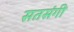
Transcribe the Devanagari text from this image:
सतसंगी